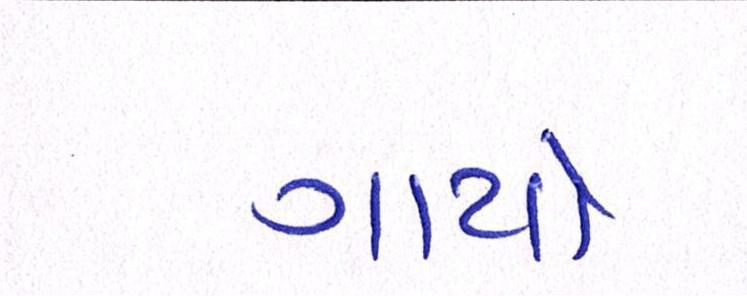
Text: ગાયો